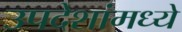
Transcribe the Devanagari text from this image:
उपदेशांमध्ये